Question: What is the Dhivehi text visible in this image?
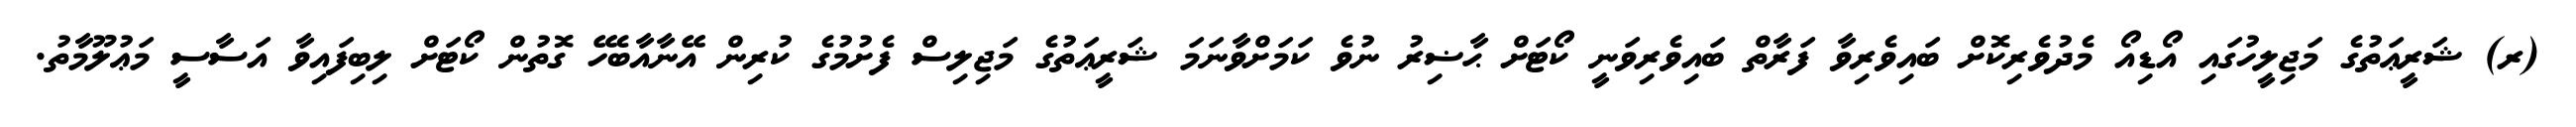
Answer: (ރ) ޝަރީޢަތުގެ މަޖިލީހުގައި އޯޑިއޯ މެދުވެރިކޮށް ބައިވެރިވާ ފަރާތް ބައިވެރިވަނީ ކޯޓަށް ޙާޟިރު ނުވެ ކަމަށްވާނަމަ ޝަރީޢަތުގެ މަޖިލިސް ފެށުމުގެ ކުރިން އޭނާއާބެހޭ ގޮތުން ކޯޓަށް ލިބިފައިވާ އަސާސީ މަޢުލޫމާތު.